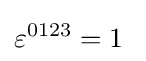
\varepsilon ^{0123}=1~